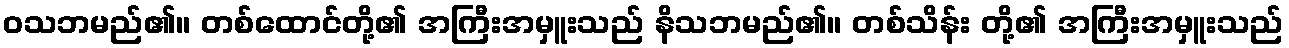
ဝသဘမည်၏။ တစ်ထောင်တို့၏ အကြီးအမှူးသည် နိသဘမည်၏။ တစ်သိန်း တို့၏ အကြီးအမှူးသည်